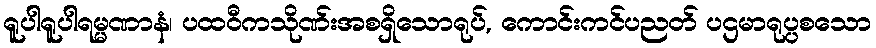
ရူပါရူပါရမ္မဏာနံ၊ ပထဝီကသိုဏ်းအစရှိသောရုပ်, ကောင်းကင်ပညတ် ပဌမာရုပ္ပစသော